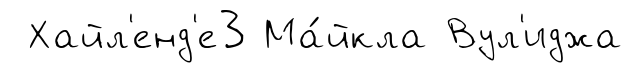
Хайл'енд'е3 Ма́йкла Вул'иджа